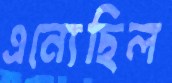
এন্যেছিল